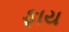
ફાય